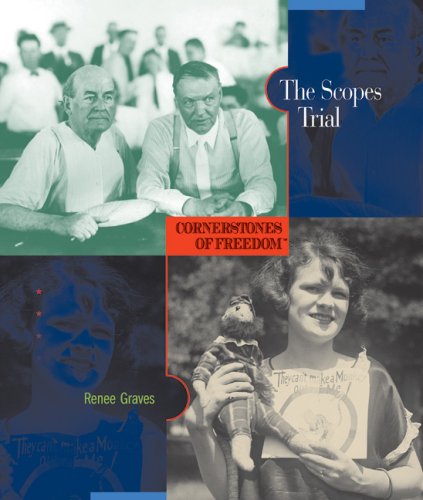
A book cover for The Scopes Trial (Cornerstones of Freedom: Second); Renee Graves; Children's Books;